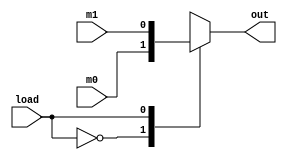
`timescale 1ns / 1ps
module mux2x1 (input load, m0, m1, output reg out);
always @(*)
begin
case(load)
1'b0: out <= m0;
1'b1: out <= m1;
endcase 
end
endmodule

module mux2x1_32Bit (input load, input [31:0] m0, m1, output reg [31:0] out);
always @(*)
begin
case(load)
1'b0: out <= m0;
1'b1: out <= m1;
endcase 
end
endmodule